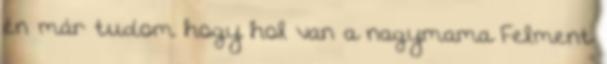
én már tudom hogy hol van a nagymama Felment